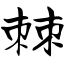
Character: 棘